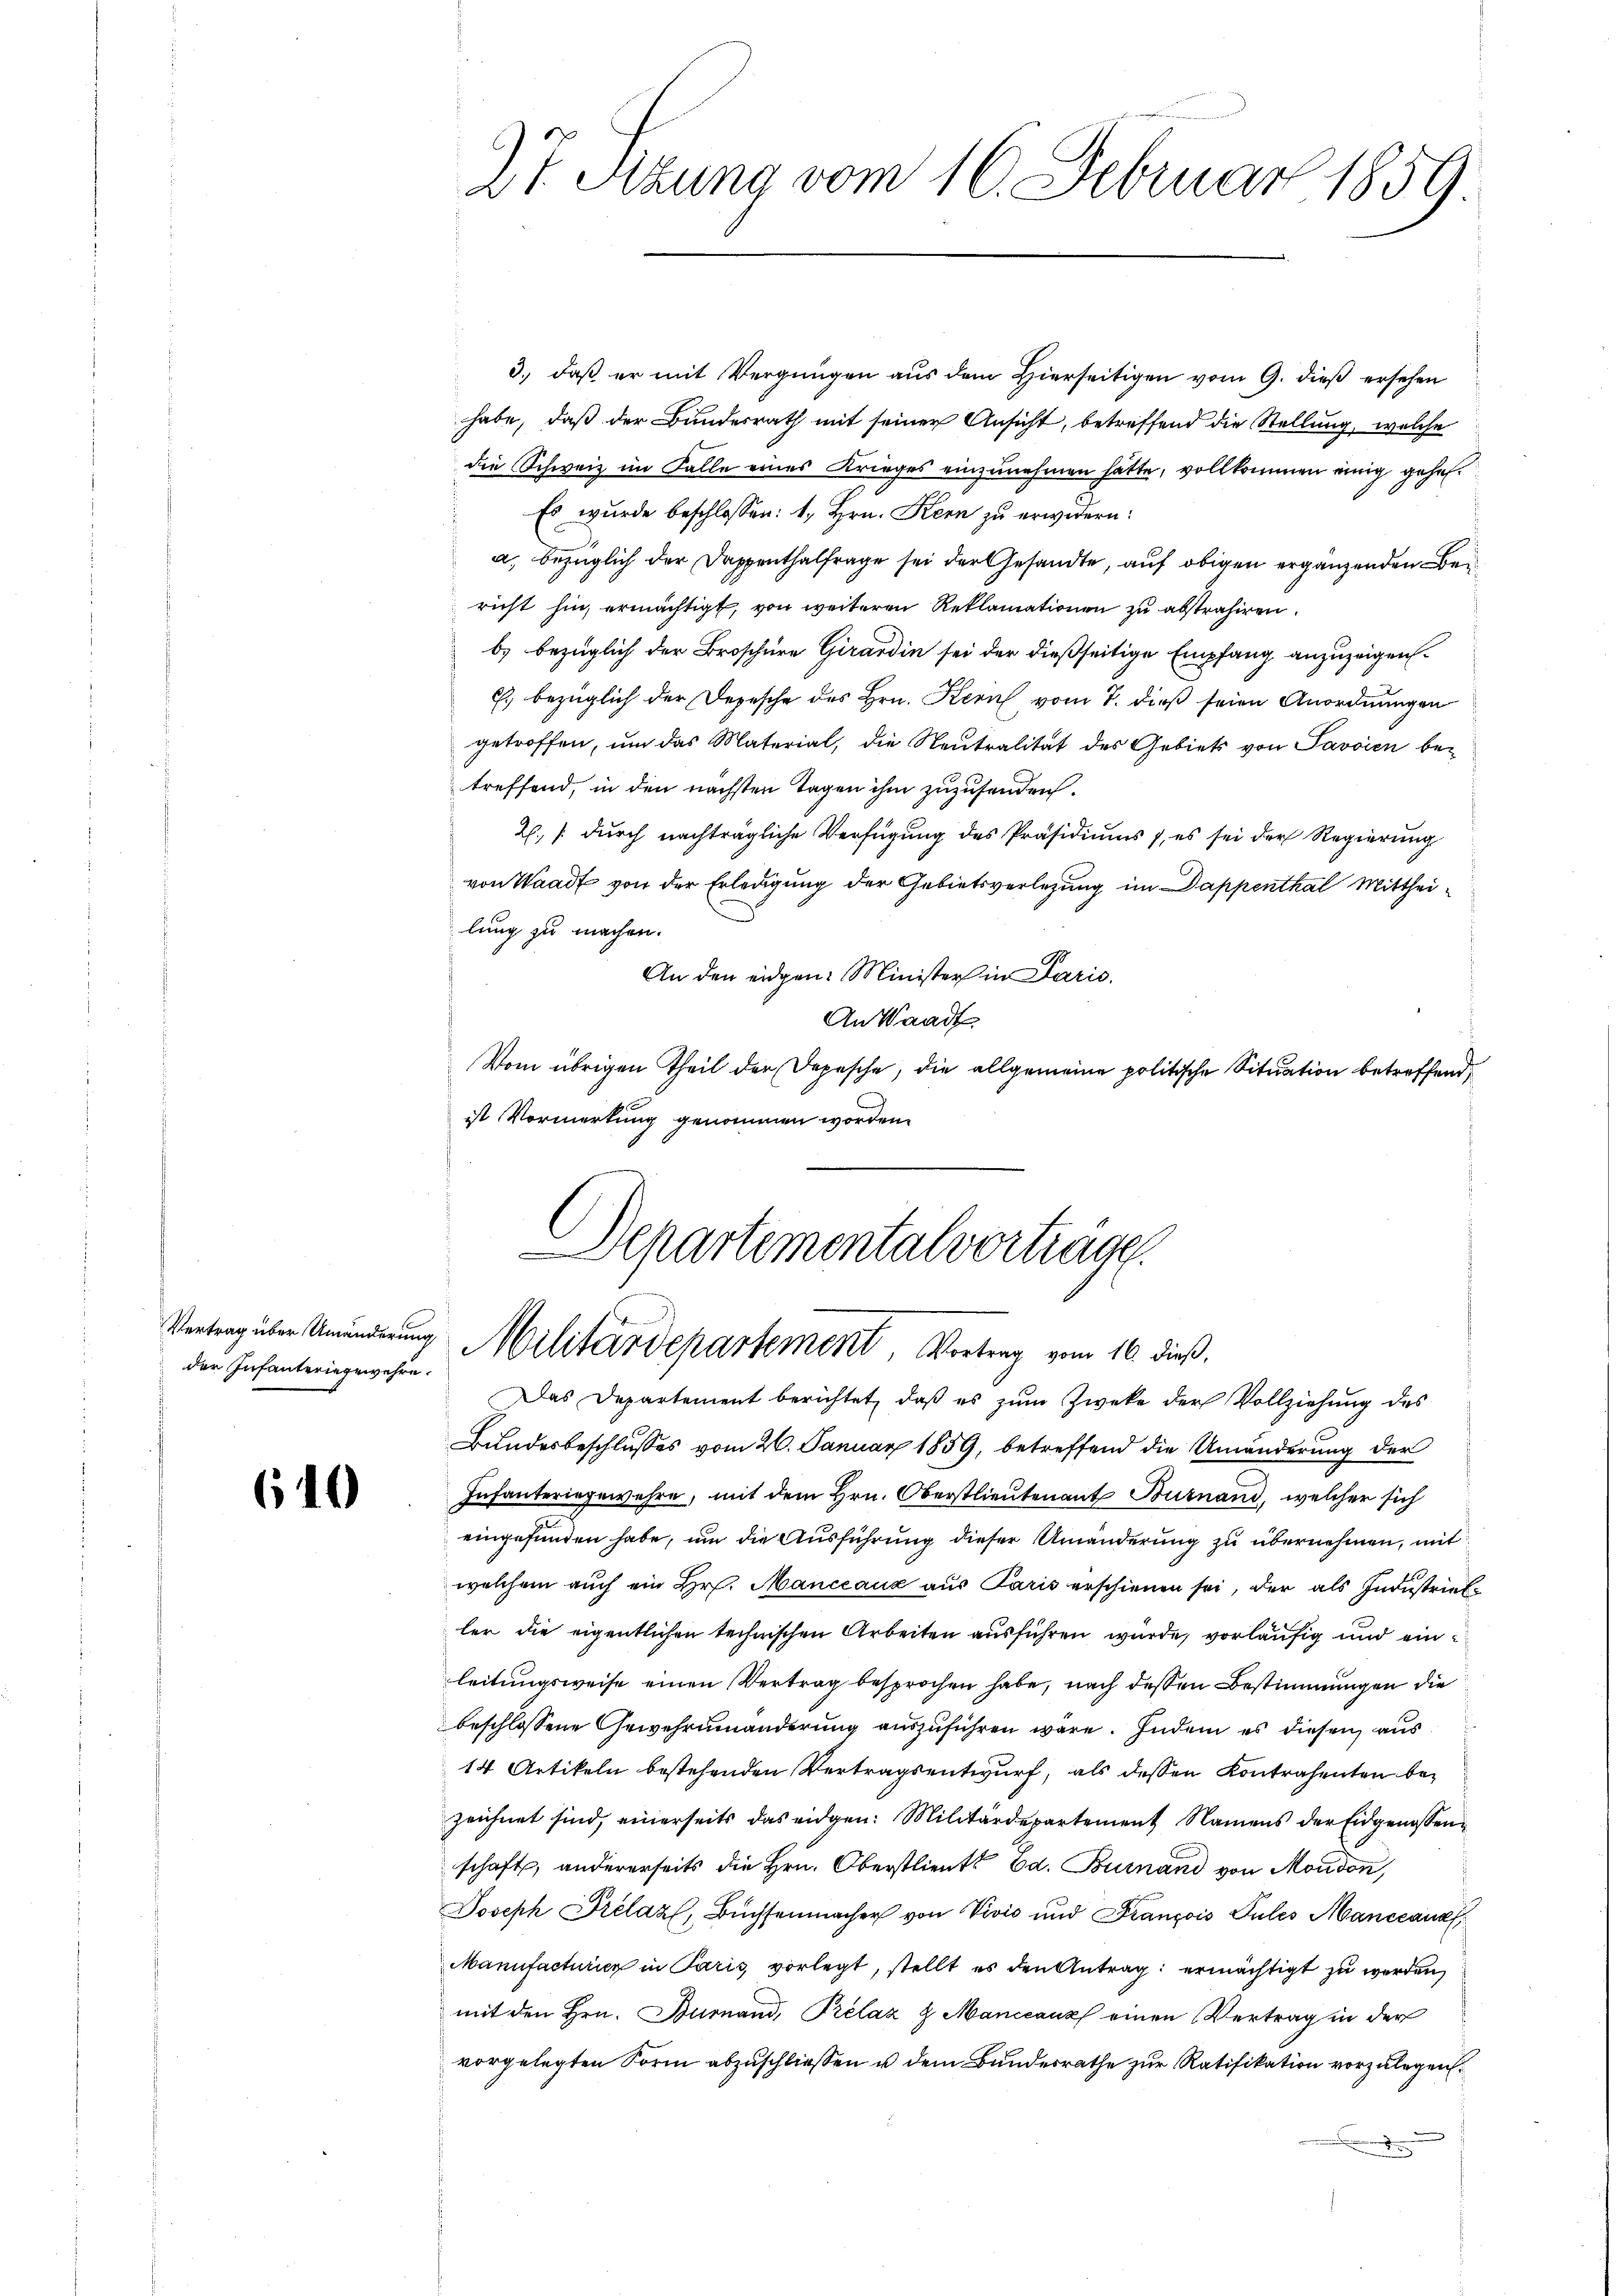
der Infanteringewehre.

640

3.) daß er mit Vergnügen aus dem Hierseitigen vom 9. dieß ersehen
habe, daß der Bundesrath mit seiner Ansicht, betreffend die Stellung, welche
die Schweiz im Falle eines Krieges einzunehmen hätte, vollkommen einig gehen¬
Es wurde beschlossen: 1. Hrn. Kern zu erwidern:
a. bezüglich der Dappenthalfrage sei der Gesandte, auf obigen ergänzenden Bericht hin, ermächtigt, von weiteren Reklamationen zu abstrahiren.
b) bezüglich der Broschüre Girardin sei der dießseitige Empfang anzuzeigen
E. bezüglich der Depesche des Hrn. Kern vom 7. dieß seien Anordnungen
getroffen, um das Material, die Neutralität des Gebiets von Savoien betreffend, in den nächsten Tagen ihm zuzusenden.
2. (durch nachträgliche Verfügung des Präsidiums 1, es sei der Regierung
von Waadt von der Erledigung der Gebietsverlegung im Dappenthal Mittheilung zu machen.
An den eidgen: Minister in Paris.
An Waadt
Vom übrigen Theil der Depesche, die allgemeine politische Situation betreffend
ist Vormerkung genommen worden.

27. Sitzung vom 16. Februar 1859

Departementalvorträge.
Vertrag über Umänderung Militärdepartement, Vortrag vom 16. dieß.

Das Departement berichtet, daß es zum Zwecke der Vollziehung des
Bundesbeschlusses vom 26. Januar 1859, betreffend die Umänderung der
Infanteringewehre, mit dem Hrn. Oberstlieutenant Butnand, welcher sich
eingefunden habe, um die Ausführung dieser Umänderung zu übernehmen, mit
El
welchem auch ein Hr. Manccauz aus Paris erschienen sei, der als Industrieller die eigentlichen technischen Arbeiten ausführen würde, vorläufig und einleitungsweise einen Vertrag besprochen habe, nach dessen Bestimmungen die
beschlossene Gewehreinanderung auszuführen wäre. Indem es diesen aus
14 Artikeln bestehenden Vertragsentwurf, als dessen Kontrahenten bezeichnet sind, einerseits das eidgen: Militärdepartement Namens der Eidgenossenschaft, andererseits die Hrn. Oberstlieute Ed. Butnand von Moudon,
Joseph Prelazl, Büchsenmacher von Vivić und Franzois Pules Manccanat
Manufacturier in Paris, vorlegt, stellt es den Antrag: ermächtigt zu werden,
mit den Hrn. Burnand, Prelaz & Manicanz einen Vertrag in der
vorgelegten Form abzuschließen u dem Bundesrathe zur Ratifikation vorzulegen